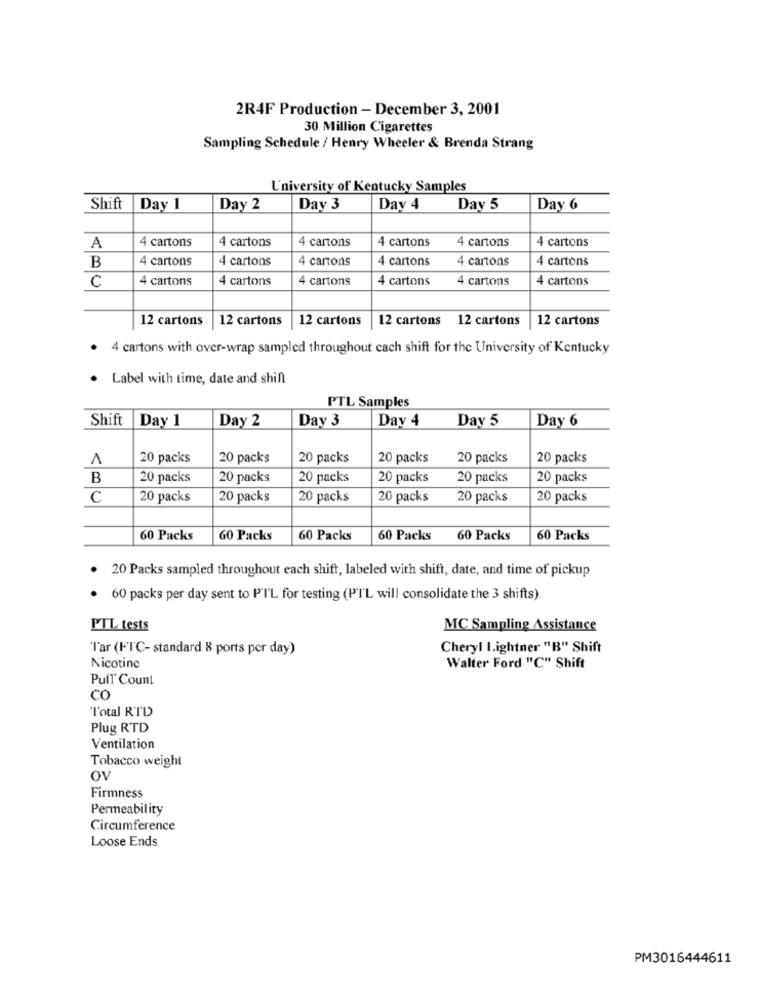
2R4F Production - December 3, 2001
30 Million Cigarettes
Sampling Schedule / Henry Wheeler & Brenda Strang
University of Kentucky Samples
Shift
Day 1
Day 2
Day 3
Day 4
Day 5
Day 6
4 cartons
4 cartons
4 cartons
4 cartons
4 cartons
4 cartons
A
4 cartons
4 cartons
4 cartons
4 cartons
4 cartons
4 cartons
B
C
4 cartons
4 cartons
4 cartons
4 cartons
4 cartons
4 cartons
12 cartons
12 cartons
12 cartons
12 cartons 12 cartons
12 cartons
. 4 cartons with over-wrap sampled throughout cach shift for the University of Kentucky
. Label with time, date and shill
PTL Samples
Shift
Day 1
Day 2
Day 3
Day 4
Day 5
Day 6
A
20 packs
20 packs
20 packs
20 packs
20 packs
20 packs
B
20 packs
20 packs
20 packs
20 packs
20 packs
20 packs
C
20 packs
20 packs
20 packs
20 packs
20 packs
20 packs
60 Packs
60 Packs
60 Packs
60 Packs
60 Packs
60 Packs
. 20 Packs sampled throughout each shift, labeled with shift, date, and time of pickup
60 packs per day sent to PIL for testing (PIL will consolidate the 3 shifts).
PTL tests
MC Sampling Assistance
Tar (FTC- standard 8 ports per day)
Cheryl Lightner "B" Shift
Nicotine
Walter Ford "C" Shift
PulT Count
CO
"Total RTD
Plug RTD
Ventilation
Tobacco weight
Ov
Firmness
Permeability
Circumference
Loose Ends
PM3016444611